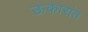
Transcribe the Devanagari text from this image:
ऊकारांत